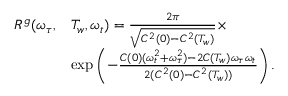
\begin{array} { r l } { R ^ { g } ( \omega _ { \tau } , } & { T _ { w } , \omega _ { t } ) = \frac { 2 \pi } { \sqrt { C ^ { 2 } ( 0 ) - C ^ { 2 } ( T _ { w } ) } } \times } \\ & { \exp \left( - \frac { C ( 0 ) ( \omega _ { t } ^ { 2 } + \omega _ { \tau } ^ { 2 } ) - 2 C ( T _ { w } ) \omega _ { \tau } \omega _ { t } } { 2 ( C ^ { 2 } ( 0 ) - C ^ { 2 } ( T _ { w } ) ) } \right) . } \end{array}